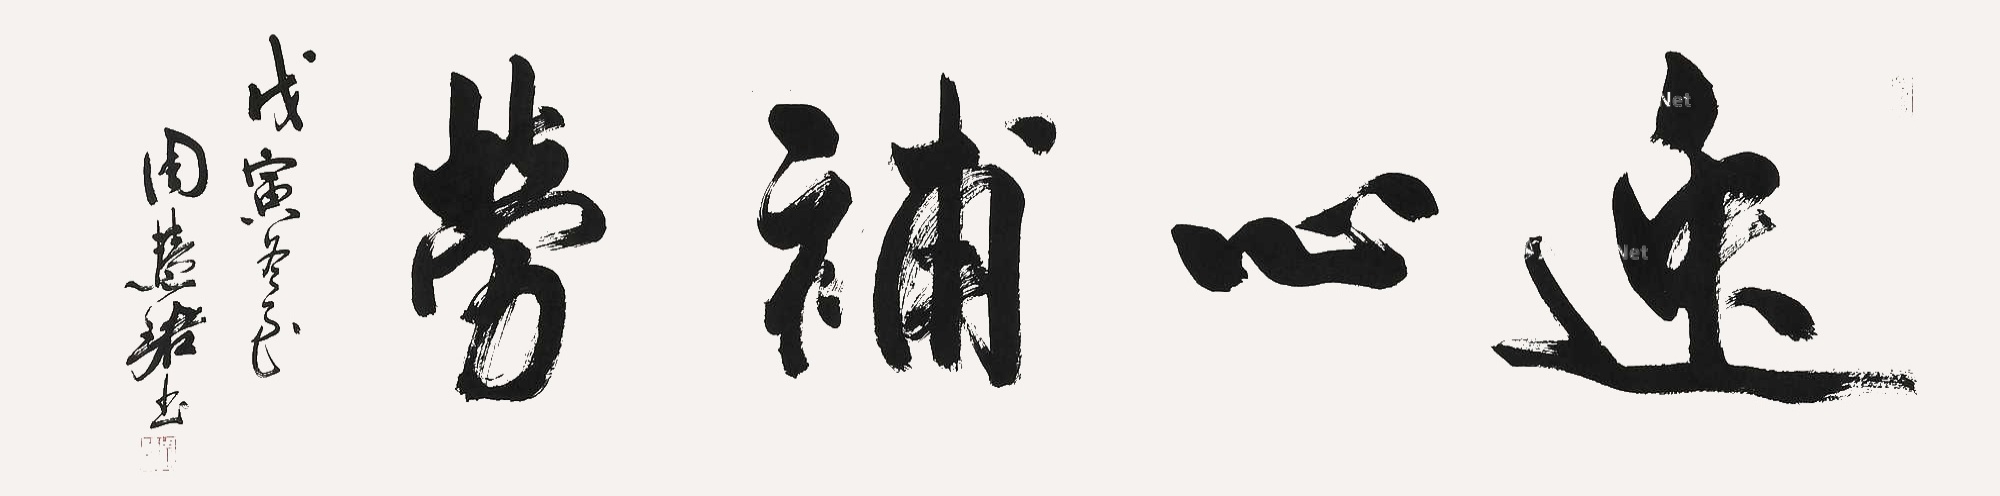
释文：逸心补劳。戊寅冬至，周慧珺书。